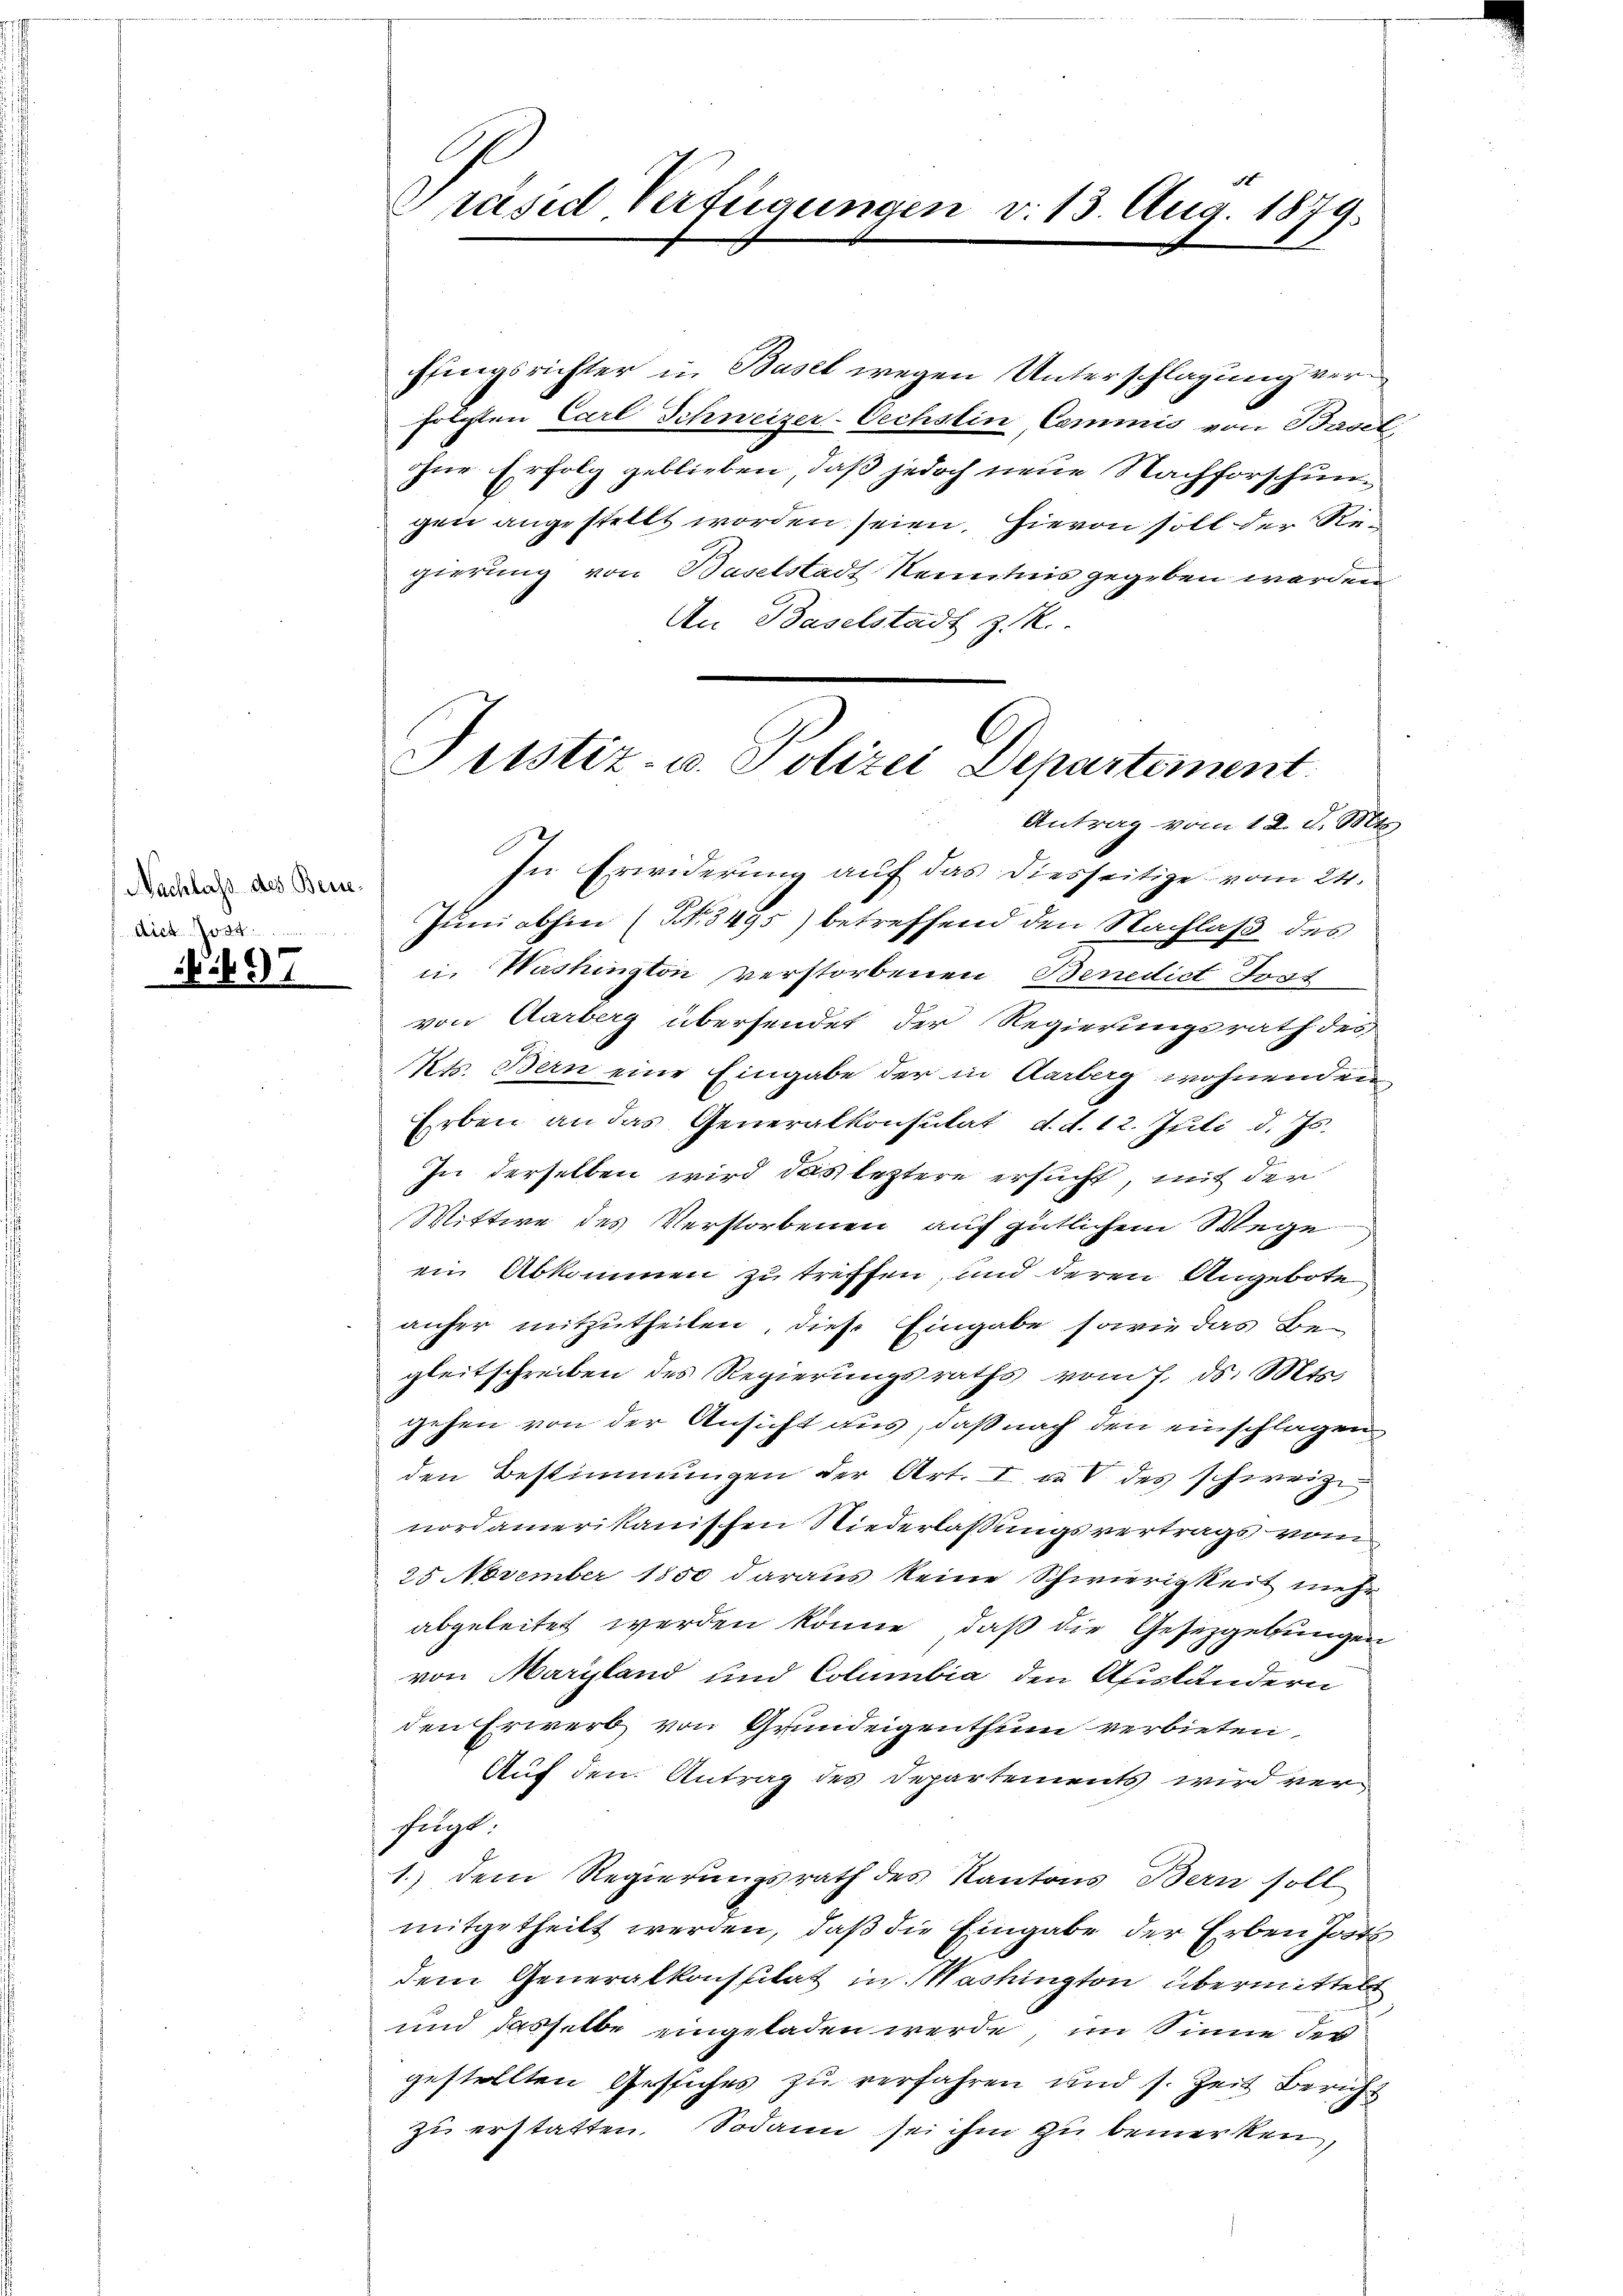
Nachlass des Bene¬
A

Präsid. Verfügungen v. 13. Aug. 1879.

ffingsrichter in Basel wegen Unterschlagung verfolgten Carl Schweizer-Oechstin Commis von Basel,
ohne Erfolg geblieben, daß jedoch neue Nachforschungen angestellt worden seien, hievon soll der Regierung von Baselstadt Kenntnis gegeben werden
An Baselstadt z. R.
Antrag vom 12. d. Mts.
In Erwiderung auf das diesseitige vom 24.
Juni abhin (S. 3495) betreffend den Nachlaß des
u. Washington verstorbenen Benedict Jost
von Aarberg übersendet der Regierungsrath des
Kts. Bern eine Eingabe der in Aarberg wohnenden
Erben an das Generalkonsulat d. d. 12. Juli d. Js.
In derselben wird das leztere ersucht, mit der
Mittwe des Verstorbenen auf gütlichem Wege
ein Abkommen zu treffen, und deren Angebote
anher mitzutheilen, diese Eingabe sowie das Begleitschreiben des Regierungsraths vom 7. ds. Mts.
gehen von der Ansicht aus, daß nach den einschlagen
den Bestimmungen der Art. I u. V des schweize
nordamerikanischen Niederlassungsvertrags vom
25 November 1850 daraus keine Schwierigkeit mehr
abgeleitet werden könne, daß die Gesetzgebungen
von Maryland und Columbia den Afiskandern
den Erwerb von Grundeigenthum verbieten,
Auf den Antrag des Departements wird verfügt:
1.) Dem Regierungsrath des Kantons Bern soll
mitgetheilt werden, daß die Eingabe der Erben Josts
dem Generalkonsulat in Washington übermittelt
und dasselbe eingeladen werde, im Sinne des
gestellten Gesiches zu verfahren und s. Zeit Bericht
zu erstatten. Sodann sei ihm zu bemerken,

Justiz- u. Polizei Departement